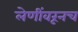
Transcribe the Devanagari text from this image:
लेणींवरूनच